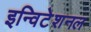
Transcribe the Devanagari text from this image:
इन्विटेशनल